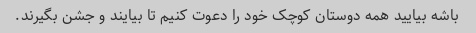
باشه بیایید همه دوستان کوچک خود را دعوت کنیم تا بیایند و جشن بگیرند.